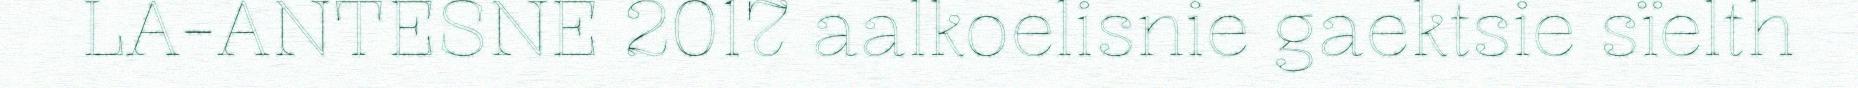
LA-ANTESNE 2017 aalkoelisnie gaektsie sïelth